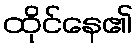
ထိုင်နေ၏